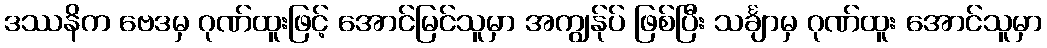
ဒဿနိက ဗေဒမှ ဂုဏ်ထူးဖြင့် အောင်မြင်သူမှာ အကျွန်ုပ် ဖြစ်ပြီး သင်္ချာမှ ဂုဏ်ထူး အောင်သူမှာ